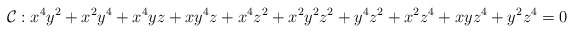
\begin{align*}\mathcal{C}: x^4y^2 + x^2y^4 + x^4yz + xy^4z + x^4z^2 + x^2y^2z^2 + y^4z^2 +x^2z^4 + xyz^4 + y^2z^4=0\end{align*}